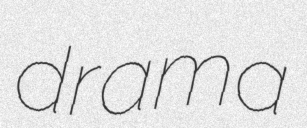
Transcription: drama